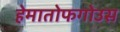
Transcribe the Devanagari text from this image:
हेमातोफगोउस